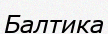
Балтика